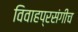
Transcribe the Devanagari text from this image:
विवाहप्रसंगीच